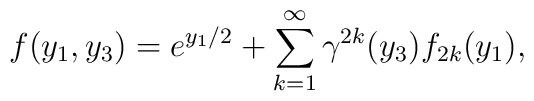
f(y_1, y_3)=e^{y_1/2}+\sum_{k=1}^{\infty} {\gamma}^{2k}(y_3) f_{2k}(y_1),